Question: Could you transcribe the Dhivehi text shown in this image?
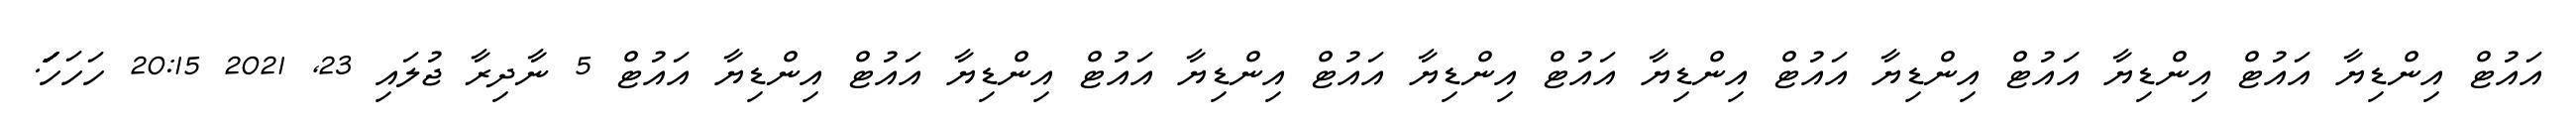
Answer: އައުޓް އިންޑިޔާ އައުޓް އިންޑިޔާ އައުޓް އިންޑިޔާ އައުޓް އިންޑިޔާ އައުޓް އިންޑިޔާ އައުޓް އިންޑިޔާ އައުޓް އިންޑިޔާ އައުޓް އިންޑިޔާ އައުޓް 5 ނާދިރާ ޖުލައި 23, 2021 20:15 ހަހަހަަަަަަަަަ.